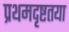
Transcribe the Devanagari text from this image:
प्रथमदृष्टतया